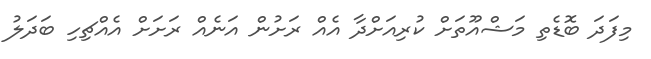
މިފަދަ ބޮޑެތި މަޝްއޫތަށް ކުރިއަށްދާ އެއް ރަށުން އަނެއް ރަށަށް އެއްޗިހި ބަދަލު